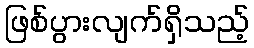
ဖြစ်ပွားလျက်ရှိသည့်